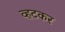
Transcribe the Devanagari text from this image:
व्हटकर